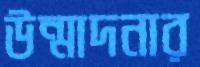
উন্মাদনার